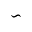
\backsim